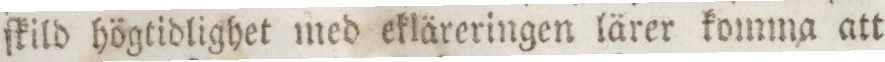
ſkild högtidlighet med ekläreringen lärer komma att